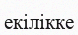
екілікке